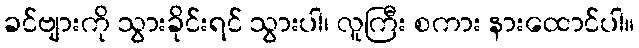
ခင်ဗျားကို သွားခိုင်းရင် သွားပါ၊ လူကြီး စကား နားထောင်ပါ။